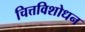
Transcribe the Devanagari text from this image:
चित्तविशोधन